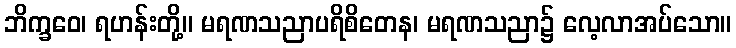
ဘိက္ခဝေ၊ ရဟန်းတို့။ မရဏသညာပရိစိတေန၊ မရဏသညာ၌ လေ့လာအပ်သော။